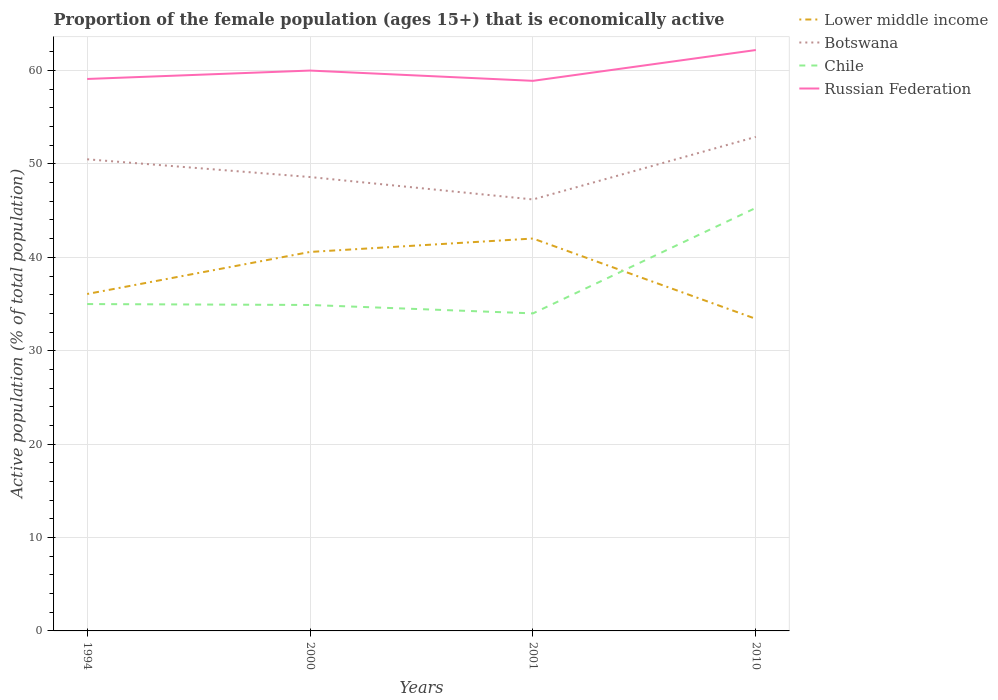
| Years | Lower middle income | Botswana | Chile | Russian Federation |
 | --- | --- | --- | --- | --- |
 | 1994 | 36.1 | 50.5 | 35 | 59.1 |
 | 2000 | 40.6 | 48.6 | 34.9 | 60 |
 | 2001 | 42 | 46.2 | 34 | 58.9 |
 | 2010 | 33.4 | 52.9 | 45.3 | 62.2 |